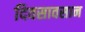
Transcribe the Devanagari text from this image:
दिवसावसान